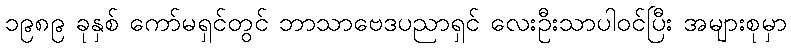
၁၉၈၉ ခုနှစ် ကော်မရှင်တွင် ဘာသာဗေဒပညာရှင် လေးဦးသာပါဝင်ပြီး အများစုမှာ